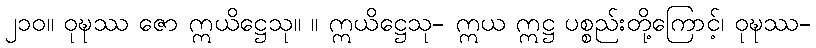
၂၁၀။ ဝုဍ္ဎဿ ဇော ဣယိဋ္ဌေသု။ ။ ဣယိဋ္ဌေသု- ဣယ ဣဋ္ဌ ပစ္စည်းတို့ကြောင့်၊ ဝုဍ္ဎဿ-